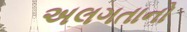
અલગતાનો